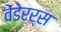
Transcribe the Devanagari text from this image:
वेंडेरर्स